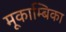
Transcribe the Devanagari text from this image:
मूकाम्‍बिका